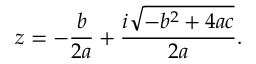
z = - { \frac { b } { 2 a } } + { \frac { i { \sqrt { - b ^ { 2 } + 4 a c } } } { 2 a } } .